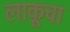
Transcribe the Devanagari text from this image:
लाकूचा